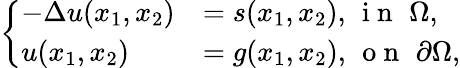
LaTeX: \left\{ \begin{array}{ll}{-\Delta u(x_{1},x_{2})}&{=s(x_{1},x_{2}),\, \mathrm{~i~n~}\, \, \Omega,}\\ {u(x_{1},x_{2})}&{=g(x_{1},x_{2}),\, \mathrm{~o~n~}\, \, \partial\Omega,}\end{array}\right.